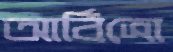
আর্বিত্রো